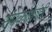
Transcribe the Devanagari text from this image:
संपर्काक्रांती